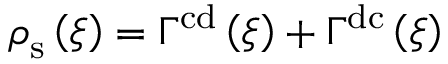
\boldsymbol { \rho } _ { \mathrm { s } } \left( \xi \right) = \Gamma ^ { \mathrm { c d } } \left( \xi \right) + \Gamma ^ { \mathrm { d c } } \left( \xi \right)